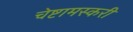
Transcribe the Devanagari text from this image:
चेष्टामस्करी